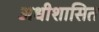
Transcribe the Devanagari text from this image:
अधीशासित